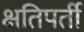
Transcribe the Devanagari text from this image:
क्षतिपर्ती